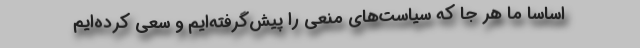
اساساً ما هر جا که سیاست‌های منعی را پیش‌گرفته‌ایم و سعی کرده‌ایم